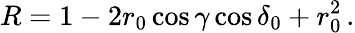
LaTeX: R=1-2r_{0}\cos\gamma\cos\delta_{0}+r_{0}^{2}\, .